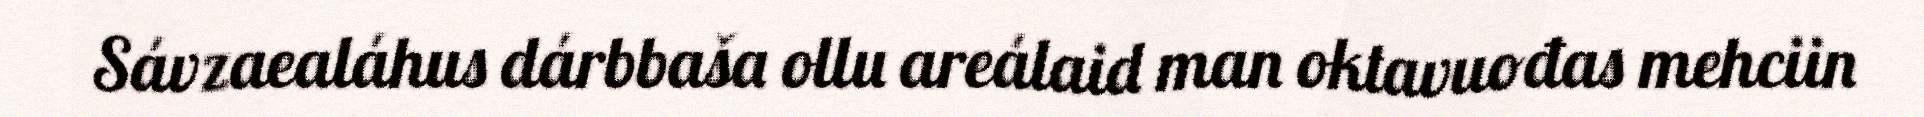
Sávzaealáhus dárbbaša ollu areálaid man oktavuođas mehciin